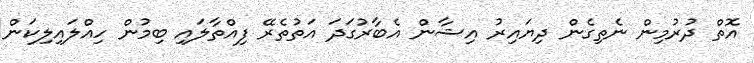
އޮތް ދުރުމިން ނެތިގެން ދިޔައިރު އިޝާން އެބާރުގަދަ އަތުތެރޭ ފިއްތާލައި ބިމުން ހިއްލައިލިކަން